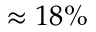
\approx 1 8 \%